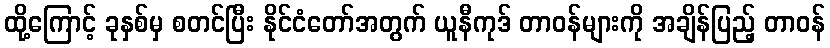
ထို့ကြောင့် ခုနှစ်မှ စတင်ပြီး နိုင်ငံတော်အတွက် ယူနီကုဒ် တာဝန်များကို အချိန်ပြည့် တာဝန်